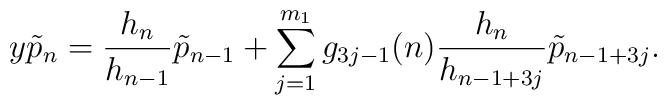
y\tilde{p}_{n}=\frac{h_{n}}{h_{n-1}}\tilde{p}_{n-1}+\sum_{j=1}^{m_{1}}g_{3j-1}(n)\frac{h_{n}}{h_{n-1+3j}}\tilde{p}_{n-1+3j}.